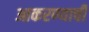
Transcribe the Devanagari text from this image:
आकरण्याची